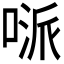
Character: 𠸁